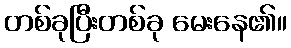
တစ်ခုပြီးတစ်ခု မေးနေ၏။